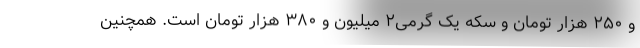
و ۲۵۰ هزار تومان و سکه یک گرمی۲ میلیون و ۳۸۰ هزار تومان است. همچنین